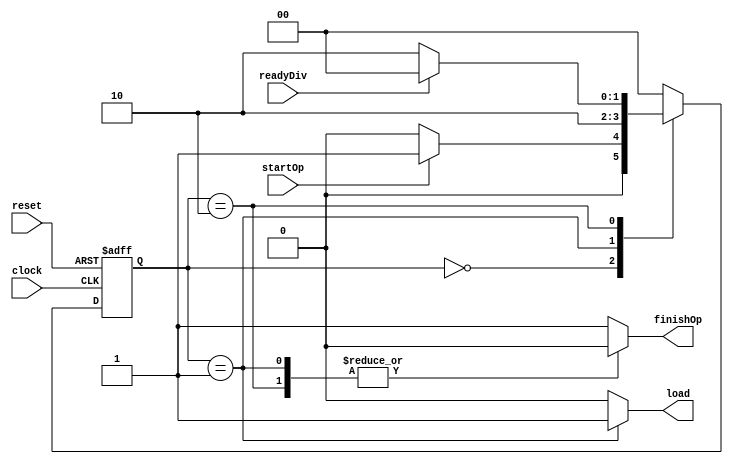
module div_wrapper_CU(clock, reset, startOp, readyDiv, load, finishOp);

	/*
        div_wrapper_CU
        this module is the control unit of the wrapper
    */

	input clock, reset;
	input startOp; // startOp signal is issued by FPU
	input readyDiv; // readyDiv is issued by div_wrapper_DP

	output reg load; // load signal is sent to div_wrapper_CU
	output reg finishOp; // finishOp is sent to main module

	reg [1:0] ps, ns;

	/*
		IDLE : start signal is not recieved yet
		RESET : loading into the registers to start division
		CALCLATE : calculating the division's result
	*/
	parameter IDLE = 0, RESET = 1, CALCULATE = 2;

	always @(posedge clock, posedge reset) begin
		if (reset) ps <= IDLE;
		else ps <= ns;
	end

	always @(ps) begin
		{load, finishOp} = 2'b0;
		case (ps)
			IDLE : begin
				finishOp = 1'b1;
			end
			RESET : begin
				load = 1'b1;
			end
			CALCULATE : begin
                load = 1'b0;
			end
            default : begin
                finishOp = 1'b1;
            end
		endcase
	end

	always @(ps, startOp, readyDiv) begin
		ns = IDLE;
		case (ps)
			IDLE : ns = (startOp) ? RESET : IDLE;
			RESET : ns = CALCULATE;
			CALCULATE : ns = (readyDiv == 1'b1) ? IDLE : CALCULATE;
			default : ns = IDLE;
		endcase
	end

endmodule